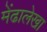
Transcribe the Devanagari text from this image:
मेंढालेखा